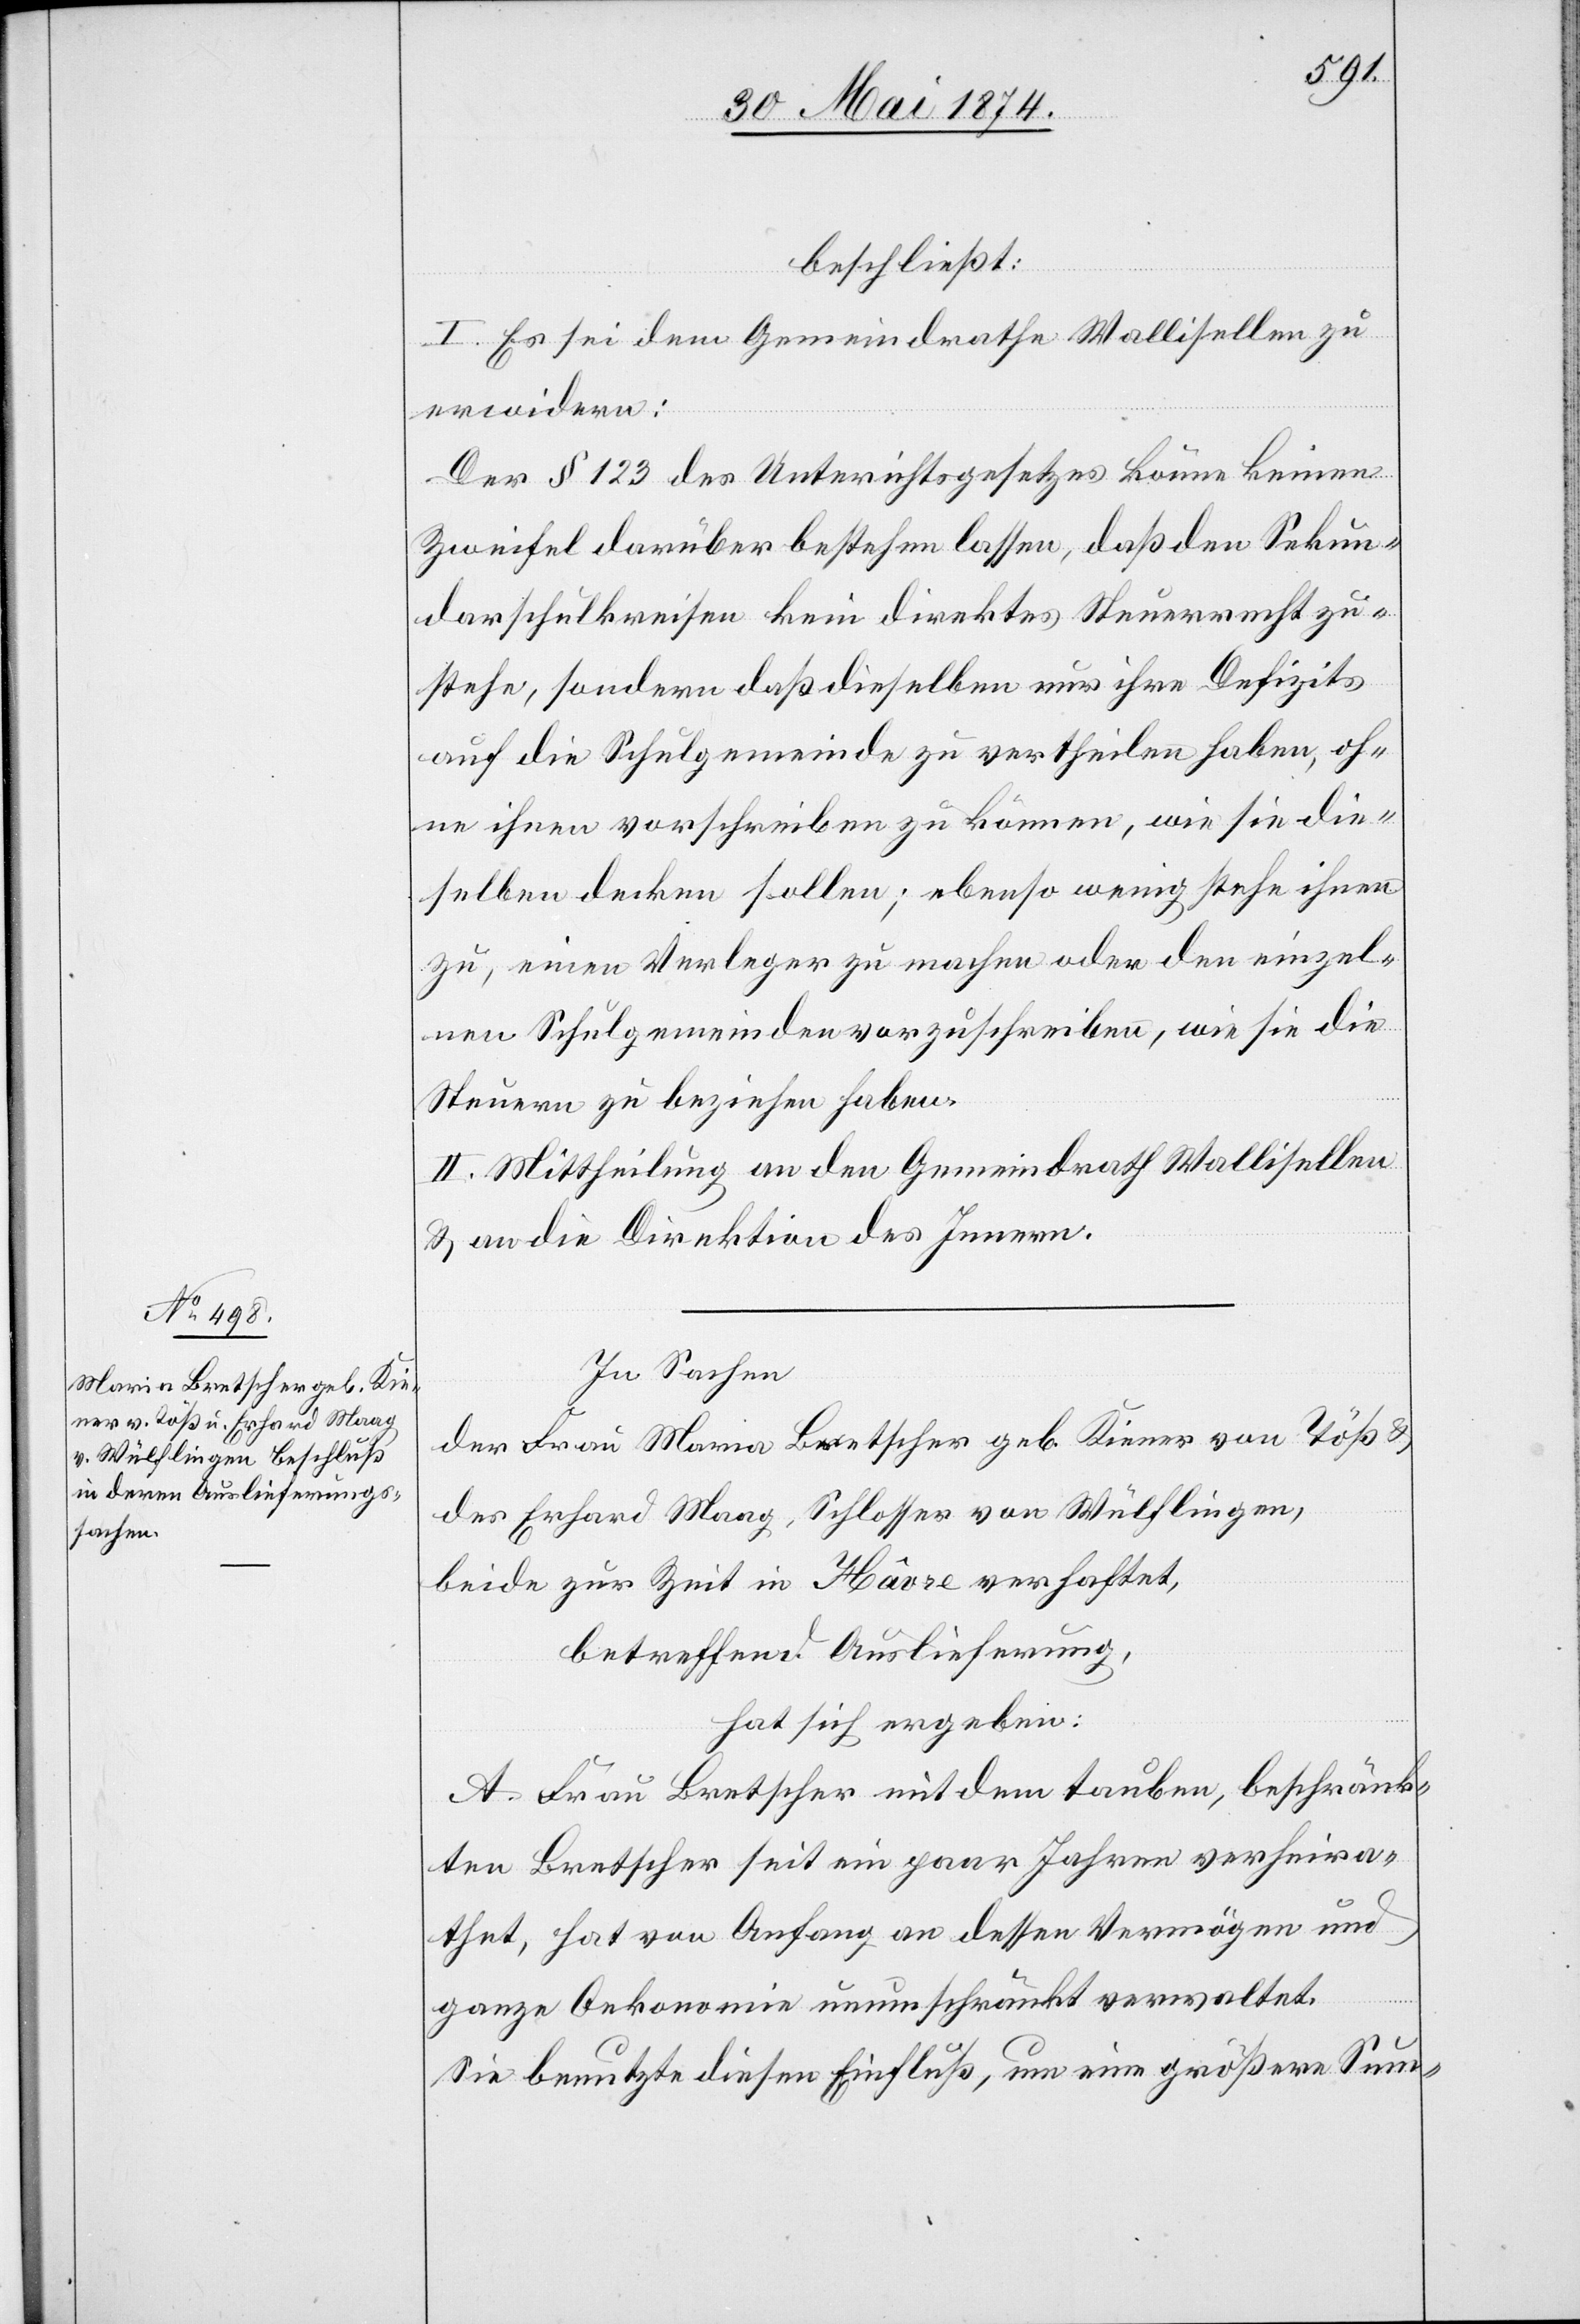
beschließt:
I. Es seie dem Gemeindrathe Wallisellen zu
erwidern:
Der § 123 des Unter[r]ichtsgesetzes könne keinen
Zweifel darüber bestehen lassen, daß den Sekun¬
darschulkreisen kein direktes Steuerrecht zu¬
stehe, sondern daß dieselben nur ihre Defizits
auf die Schulgemeinde zu vertheilen haben, oh¬
ne ihnen vorschreiben zu können, wie sie die¬
selben decken sollen; ebenso wenig stehe ihnen
zu, einen Verleger zu machen oder den einzel¬
nen Schulgemeinden vorzuschreiben, wie sie die
Steuern zu beziehen haben.
II. Mittheilung an den Gemeindrath Wallisellen
u. an die Direktion des Innern.
In Sachen
der Frau Maria Bretscher geb. Kiener von Töß u.
des Erhard Maag, Schlosser von Wülflingen,
beide zur Zeit in Hâvre verhaftet,
betreffend Auslieferung,
hat sich ergeben:
A. Frau Bretscher mit dem tauben, beschränk¬
ten Bretscher seit ein paar Jahren verheira¬
thet, hat von Anfang an dessen Vermögen und
ganze Oekonomie unumschränkt verwaltet.
Sie benutzte diesen Einfluß, um eine größere Sum-